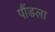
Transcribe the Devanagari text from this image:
पौंडला